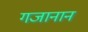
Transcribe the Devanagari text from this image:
गजानान